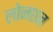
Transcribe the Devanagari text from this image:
लोनछन